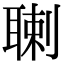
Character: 䏀